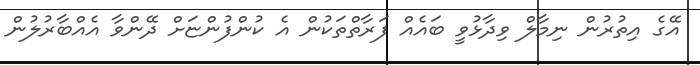
އޭގެ އިތުރުން ނިމާލް ވިދާޅުވީ ބައެއް ފަރާތްތަކުން އެ ކުންފުންޏަށް ދޭންވާ އެއްބާރުލުން